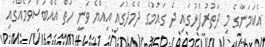
އެކަމަނާގެ މި ދަތުރުފުޅުގައި ދެ ގައުމުގެ ދެމެދުގައި އިއްޔެ ވަނީ ހަތް އެއްބަސްވުމެއްގައި